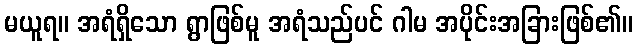
မယူရ။ အရံရှိသော ရွာဖြစ်မူ အရံသည်ပင် ဂါမ အပိုင်းအခြားဖြစ်၏။